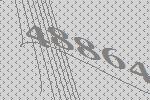
48864